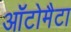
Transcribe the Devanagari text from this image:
ऑटोमैटा